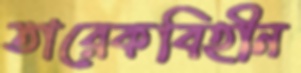
তারেকবিহীন